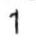
1